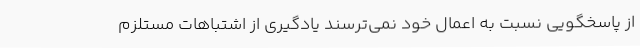
از پاسخگویی نسبت به اعمال خود نمی‌ترسند‌ یادگیری از اشتباهات مستلزم